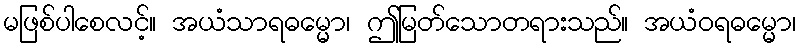
မဖြစ်ပါစေလင့်။ အယံသာရဓမ္မော၊ ဤမြတ်သောတရားသည်။ အယံဝရဓမ္မော၊